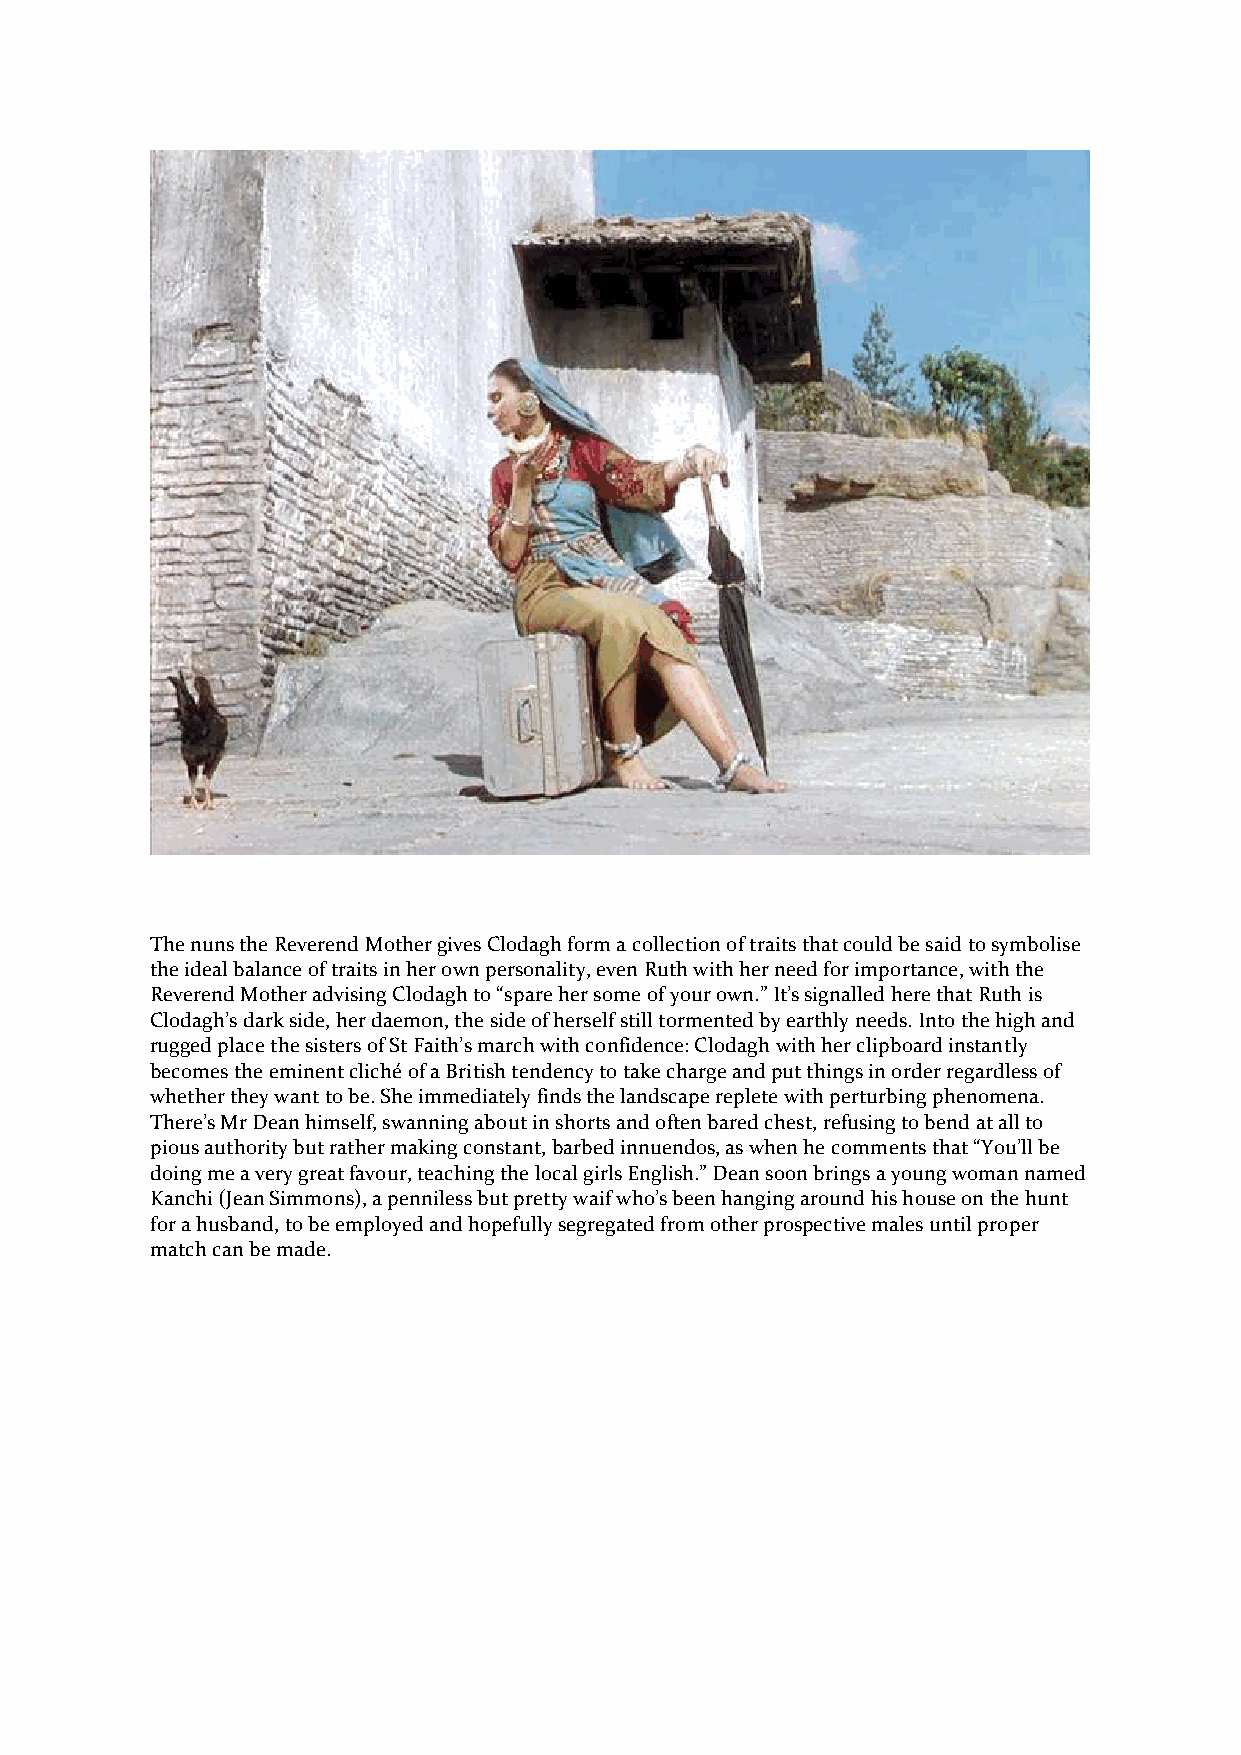
The nuns the Reverend Mother gives Clodagh form a collection of traits that could be said to symbolise
 the ideal balance of traits in her own personality, even Ruth with her need for importance, with the
 Reverend Mother advising Clodagh to “spare her some of your own.” It’s signalled here that Ruth is
 Clodagh’s dark side, her daemon, the side of herself still tormented by earthly needs. Into the high and
 rugged place the sisters of St Faith’s march with confidence: Clodagh with her clipboard instantly
 becomes the eminent cliché of a British tendency to take charge and put things in order regardless of
 whether they want to be. She immediately finds the landscape replete with perturbing phenomena.
 There’s Mr Dean himself, swanning about in shorts and often bared chest, refusing to bend at all to
 pious authority but rather making constant, barbed innuendos, as when he comments that “You’ll be
 doing me a very great favour, teaching the local girls English.” Dean soon brings a young woman named
 Kanchi (Jean Simmons), a penniless but pretty waif who’s been hanging around his house on the hunt
 for a husband, to be employed and hopefully segregated from other prospective males until proper
 match can be made.